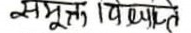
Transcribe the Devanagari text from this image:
सम्पूर्ण। विघ्यन्ते